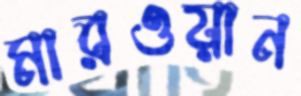
মারওয়ান